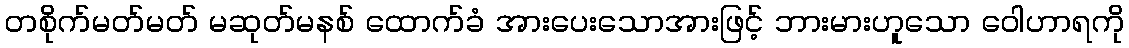
တစိုက်မတ်မတ် မဆုတ်မနစ် ထောက်ခံ အားပေးသောအားဖြင့် ဘားမားဟူသော ဝေါဟာရကို